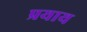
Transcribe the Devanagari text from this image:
प्रयाय